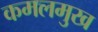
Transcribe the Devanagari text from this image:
कमलमुख